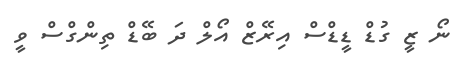
ނޯ ޒީ ގުޑް ޑީޑްސް އިރޭޒް އޯލް ދަ ބޭޑް ތިންގްސް ވީ